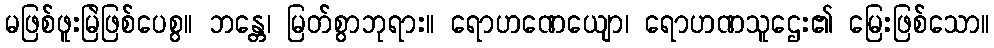
မဖြစ်ဖူးမြဲဖြစ်ပေစွ။ ဘန္တေ၊ မြတ်စွာဘုရား။ ရောဟဏေယျော၊ ရောဟဏသူဌေး၏ မြေးဖြစ်သော။